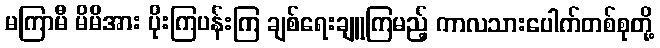
မကြာမီ မိမိအား ပိုးကြပန်းကြ ချစ်ရေးချူကြမည့် ကာလသားပေါက်တစ်စုတို့